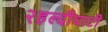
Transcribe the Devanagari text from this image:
२हल्दीघाटी